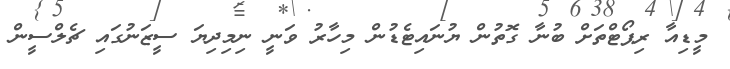
މީޑިއާ ރިޕޯޓްތަށް ބުނާ ގޮތުން ޔުނައިޓެޑުން މިހާރު ވަނީ ނިމިދިޔަ ސީޒަނުގައި ޗެލްސީން